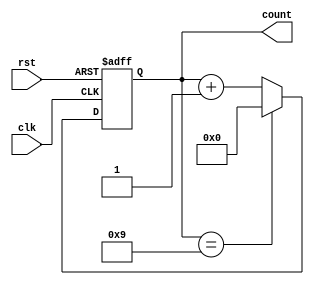
`timescale 1ns / 1ps
//////////////////////////////////////////////////////////////////////////////////
// Company: 
// Engineer: 
// 
// Design Name: 
// Module Name: mod10
// Project Name: 
// Target Devices: 
// Tool Versions: 
// Description: 
// 
// Dependencies: 
// 
// Revision:
// Revision 0.01 - File Created
// Additional Comments:
// 
//////////////////////////////////////////////////////////////////////////////////


module mod10(clk,rst,count);
input clk,rst;
output reg [3:0]count;

always @(posedge clk or posedge rst)
begin
if (rst)
begin
count<= 4'b0000;
end
else
begin
if (count==4'b1001)
begin
count<=4'b0000;
end
else
begin
count<=count+1;
end
end
end 
endmodule